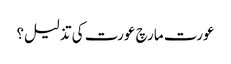
عورت مارچ عورت کی تذلیل؟